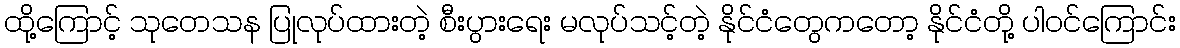
ထို့ကြောင့် သုတေသန ပြုလုပ်ထားတဲ့ စီးပွားရေး မလုပ်သင့်တဲ့ နိုင်ငံတွေကတော့ နိုင်ငံတို့ ပါဝင်ကြောင်း